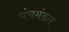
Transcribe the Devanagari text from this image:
पंचमंडल